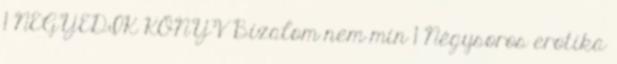
1 NEGYEDIK KÖNYV Bizalom nem min 1 Négysoros erotika